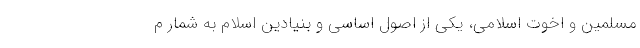
مسلمین و اخوت اسلامی، یکی از اصول اساسی و بنیادین اسلام به شمار م